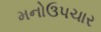
મનોઉપચાર